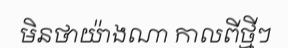
មិនថាយ៉ាងណា កាលពីថ្មីៗ